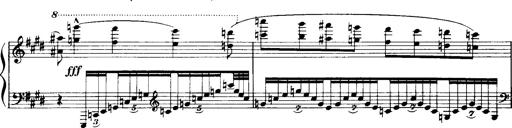
Title: Historische ungarische Bildnisse
Composer: Franz Liszt